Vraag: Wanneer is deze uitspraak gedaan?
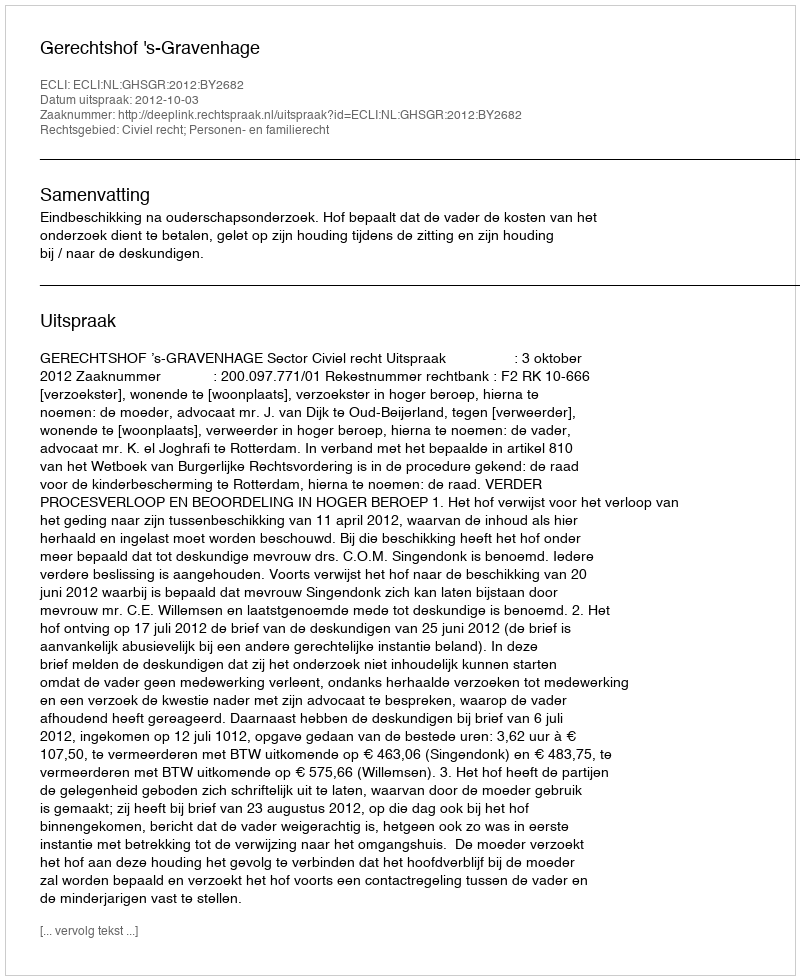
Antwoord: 2012-10-03